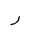
Letter: _ra